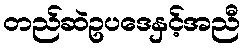
တည်ဆဲဥပဒေနှင့်အညီ